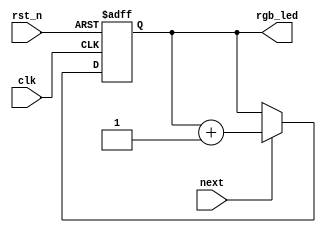
// Tang Primer LED counter by yoshiki9636
/*
 * UART Loop Example
 *   LED Counter for Tang Primer
 *    Verilog code
 * @auther		Yoshiki Kurokawa <yoshiki.k963@gmail.com>
 * @copylight	2020 Yoshiki Kurokawa
 * @license		https://opensource.org/licenses/MIT     MIT license
 * @version		0.1
 */

module led
	(
		input clk,
		input rst_n,
		input next,
		output [2:0]rgb_led
	);

reg [2:0] led_value;

always @ (posedge clk or negedge rst_n) begin
    if (~rst_n)
        led_value <= 3'd0 ;
	else if ( next )
		led_value <= led_value + 3'd1 ;
end

assign rgb_led = led_value;

endmodule